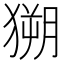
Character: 𱮗